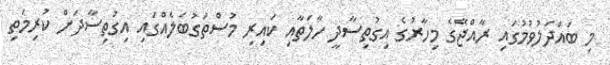
މި ބައްދަލުވުމުގައި ރާއްޖޭގެ މިހާރުގެ އިގުތިސާދީ ހާލަތާއި ކައިރި މުސްތަގުބަލެއްގައި އިގުތިސާދަށް ކުރިމަތި